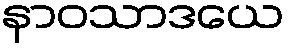
နာဝသာဒယေ